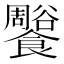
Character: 𩟨